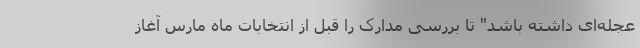
عجله‌ای داشته باشد" تا بررسی مدارک را قبل از انتخابات ماه مارس آغاز